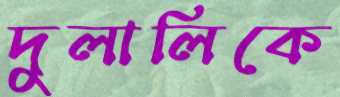
দুলালিকে